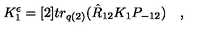
K _ { 1 } ^ { \epsilon } = [ 2 ] t r _ { q ( 2 ) } ( \hat { R } _ { 1 2 } K _ { 1 } P _ { - 1 2 } ) \quad ,